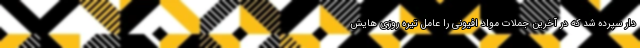
دار سپرده شد که در آخرین جملات مواد افیونی را عامل تیره روزی هایش